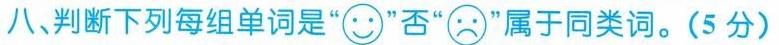
八、判断下列每组单词是” ”否” ”属于同类词。(5分)